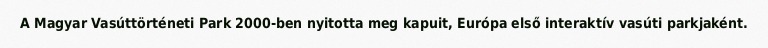
A Magyar Vasúttörténeti Park 2000-ben nyitotta meg kapuit, Európa első interaktív vasúti parkjaként.